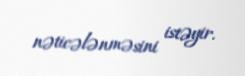
nəticələnməsini istəyir.